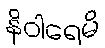
နိဝါရေမိ